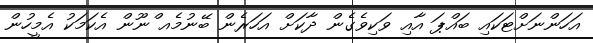
އަހަންނަށްޓަކައި ބައްޕަ އާއި ވަކިވެގެން ދާކަށް އަހަރެން ބޭނުމެއ ްނޫން އެކަމަކު އެމީހުން